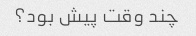
چند وقت پیش بود؟